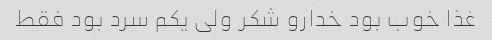
غذا خوب بود خدارو شکر ولی یکم سرد بود فقط